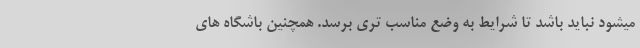
میشود نباید باشد تا شرایط به وضع مناسب تری برسد. همچنین باشگاه های